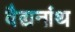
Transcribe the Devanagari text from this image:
वैद्यनांथ